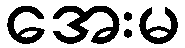
အေးမ